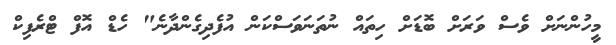
މީހުންނަށް ވެސް ވަރަށް ބޮޑަށް ހިތައް ނުތަނަވަސްކަން އުފެދިގެންދާނެ" ހެޑް އޮފް ޓްރެފިކް